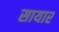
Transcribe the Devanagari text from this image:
सायार